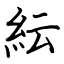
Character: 紜